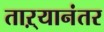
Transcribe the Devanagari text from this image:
ताऱ्यानंतर